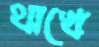
থাখে